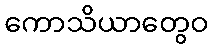
ကောသိယာတွေဝ